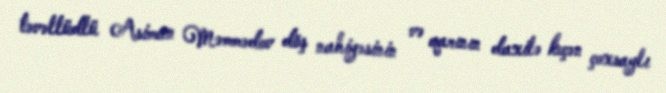
təvəllüdlü Asiman Məmmədov döş nahiyəsinin və qarının daxilə keçən çoxsaylı